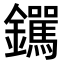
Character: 𫓟